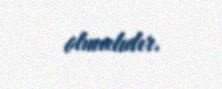
olmalıdır.